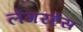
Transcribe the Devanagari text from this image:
लेंगरहेंस